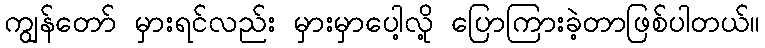
ကျွန်တော် မှားရင်လည်း မှားမှာပေါ့လို့ ပြောကြားခဲ့တာဖြစ်ပါတယ်။